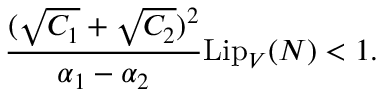
\frac { ( \sqrt { C _ { 1 } } + \sqrt { C _ { 2 } } ) ^ { 2 } } { \alpha _ { 1 } - \alpha _ { 2 } } \mathrm { L i p } _ { V } ( N ) < 1 .